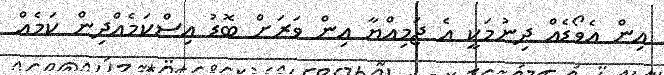
އިން އެވޯޑެއް ދިނުމަކީ އެ ޖަމިއްޔާ އިން ވަރަށް ބޮޑު އިސްކަމެއްދިން ކަމެއް